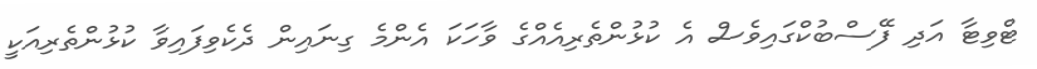
ޓްވިޓާ އަދި ފޭސްބުކްގައިވެސް އެ ކުޅުންތެރިއެއްގެ ވާހަކަ އެންމެ ގިނައިން ދެކެވިފައިވާ ކުޅުންތެރިއަކީ